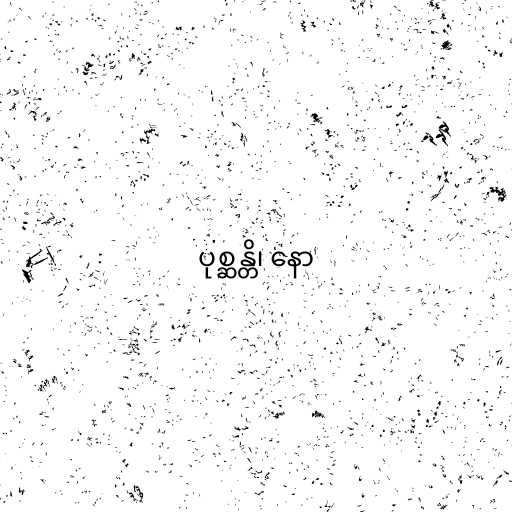
ပုစ္ဆန္တိ၊ နော